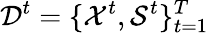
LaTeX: \mathcal{D}^{t}=\{ \mathcal{X}^{t},\mathcal{S}^{t}\} _{t=1}^{T}